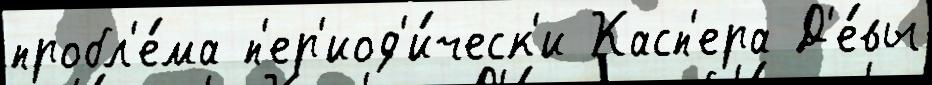
пробл'е́ма п'ер'иод'и́ческ'и Касп'ера Д'е́вы